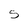
Character: s